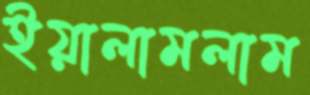
ইয়ালামলাম